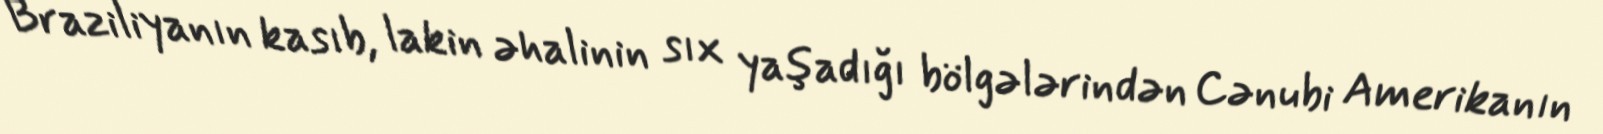
Braziliyanın kasıb, lakin əhalinin sıx yaşadığı bölgələrindən Cənubi Amerikanın